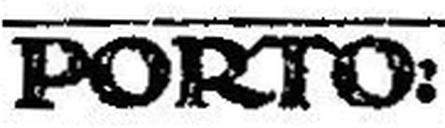
PORTO: